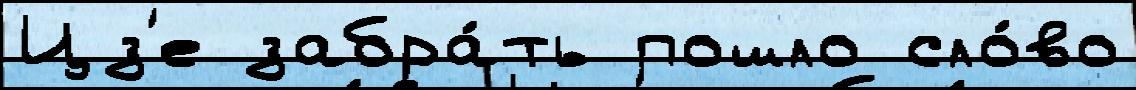
Цз'е забра́ть пошло сло́во